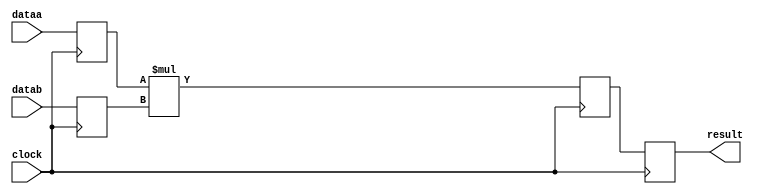
//lpm_mult CBX_DECLARE_ALL_CONNECTED_PORTS="OFF" DEVICE_FAMILY="Cyclone V" DSP_BLOCK_BALANCING="Auto" LPM_PIPELINE=3 LPM_REPRESENTATION="SIGNED" LPM_WIDTHA=15 LPM_WIDTHB=17 LPM_WIDTHP=32 clock dataa datab result CARRY_CHAIN="MANUAL" CARRY_CHAIN_LENGTH=48
//VERSION_BEGIN 21.1 cbx_cycloneii 2021:10:21:11:02:24:SJ cbx_lpm_add_sub 2021:10:21:11:02:24:SJ cbx_lpm_mult 2021:10:21:11:02:24:SJ cbx_mgl 2021:10:21:11:11:47:SJ cbx_nadder 2021:10:21:11:02:24:SJ cbx_padd 2021:10:21:11:02:24:SJ cbx_stratix 2021:10:21:11:02:24:SJ cbx_stratixii 2021:10:21:11:02:24:SJ cbx_util_mgl 2021:10:21:11:02:24:SJ  VERSION_END
// synthesis VERILOG_INPUT_VERSION VERILOG_2001
// altera message_off 10463



// Copyright (C) 2021  Intel Corporation. All rights reserved.
//  Your use of Intel Corporation's design tools, logic functions 
//  and other software and tools, and any partner logic 
//  functions, and any output files from any of the foregoing 
//  (including device programming or simulation files), and any 
//  associated documentation or information are expressly subject 
//  to the terms and conditions of the Intel Program License 
//  Subscription Agreement, the Intel Quartus Prime License Agreement,
//  the Intel FPGA IP License Agreement, or other applicable license
//  agreement, including, without limitation, that your use is for
//  the sole purpose of programming logic devices manufactured by
//  Intel and sold by Intel or its authorized distributors.  Please
//  refer to the applicable agreement for further details, at
//  https://fpgasoftware.intel.com/eula.



//synthesis_resources = 
//synopsys translate_off
`timescale 1 ps / 1 ps
//synopsys translate_on
module  mult_rbn
	( 
	clock,
	dataa,
	datab,
	result) /* synthesis synthesis_clearbox=1 */;
	input   clock;
	input   [14:0]  dataa;
	input   [16:0]  datab;
	output   [31:0]  result;
`ifndef ALTERA_RESERVED_QIS
// synopsys translate_off
`endif
	tri0   clock;
`ifndef ALTERA_RESERVED_QIS
// synopsys translate_on
`endif

	reg  [14:0]  dataa_input_reg;
	reg  [16:0]  datab_input_reg;
	reg  [31:0]  result_output_reg;
	reg  [31:0]  result_extra0_reg;
	wire signed	[14:0]    dataa_wire;
	wire signed	[16:0]    datab_wire;
	wire signed	[31:0]    result_wire;


	// synopsys translate_off
	initial
		dataa_input_reg = 0;
	// synopsys translate_on
	always @(posedge clock)
		dataa_input_reg <= dataa;
	// synopsys translate_off
	initial
		datab_input_reg = 0;
	// synopsys translate_on
	always @(posedge clock)
		datab_input_reg <= datab;
	// synopsys translate_off
	initial
		result_output_reg = 0;
	// synopsys translate_on
	always @(posedge clock)
		result_output_reg <= result_extra0_reg;
	// synopsys translate_off
	initial
		result_extra0_reg = 0;
	// synopsys translate_on
	always @(posedge clock)
		result_extra0_reg <= result_wire[31:0];

	assign dataa_wire = dataa_input_reg;
	assign datab_wire = datab_input_reg;
	assign result_wire = dataa_wire * datab_wire;
	assign result = ({result_output_reg});

endmodule //mult_rbn
//VALID FILE